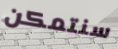
سنتمكن